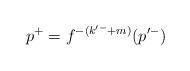
LaTeX: \begin{align*}p^+= f^{-(k'^-+m)}(p'^-)\end{align*}